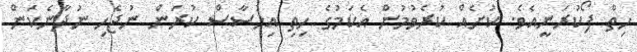
ހިތް ފޯކުރަނީއެވެ. ކުށެއް ކުރެވުމުން އެކަމުގެ ހިތި އިހުސާސް ކުރަން ނުޖެހި ނުދާނެކަން